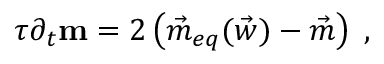
\tau \partial _ { t } \mathbf { m } = 2 \left( \vec { m } _ { e q } ( \vec { w } ) - \vec { m } \right) \; ,